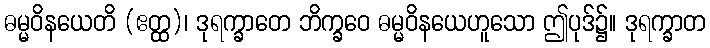
ဓမ္မဝိနယေတိ (ဧတ္ထ)၊ ဒုရက္ခာတေ ဘိက္ခဝေ ဓမ္မဝိနယေဟူသော ဤပုဒ်၌။ ဒုရက္ခာတ